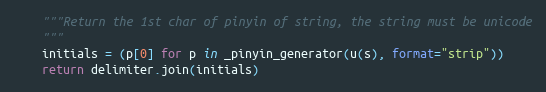
Language: Python
    """Return the 1st char of pinyin of string, the string must be unicode
    """
    initials = (p[0] for p in _pinyin_generator(u(s), format="strip"))
    return delimiter.join(initials)